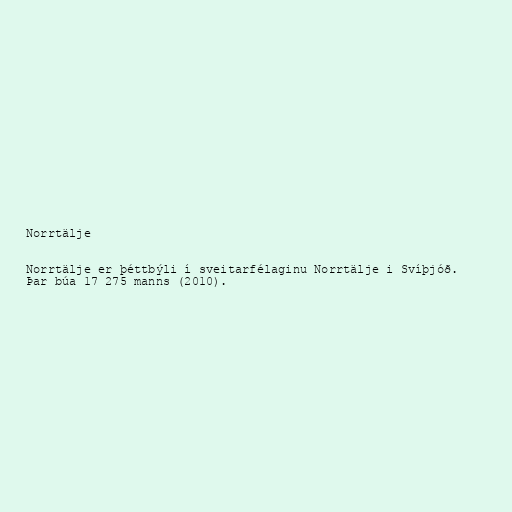
Norrtälje

Norrtälje er þéttbýli í sveitarfélaginu Norrtälje i Svíþjóð.
Þar búa 17 275 manns (2010).